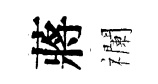
蔣襴